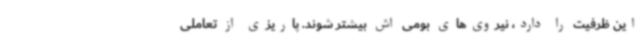
این ظرفیت را دارد، نیروی‌های بومی اش بیشتر شوند. پاریزی از تعاملی